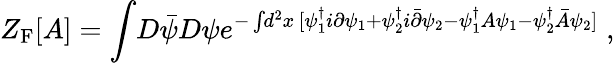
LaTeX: Z_{\mathrm{F}}[A]=\int\! D{\bar{\psi}}D\psi e^{-\int\! d^{2}x\, [\psi_{1}^{\dagger}i\partial\psi_{1}+\psi_{2}^{\dagger}i{\bar{\partial}}\psi_{2}-\psi_{1}^{\dagger}A\psi_{1}-\psi_{2}^{\dagger}{\bar{A}}\psi_{2}]}\; ,